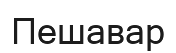
Пешавар